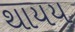
થાયય